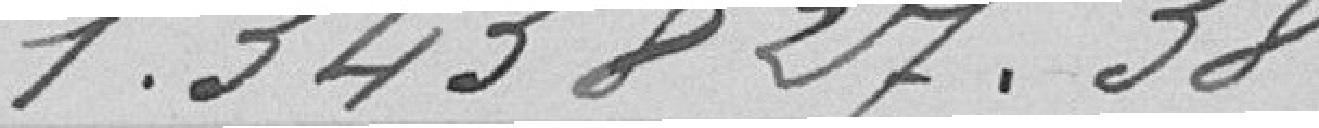
1.343.827,38